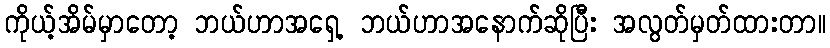
ကိုယ့်အိမ်မှာတော့ ဘယ်ဟာအရှေ့ ဘယ်ဟာအနောက်ဆိုပြီး အလွတ်မှတ်ထားတာ။